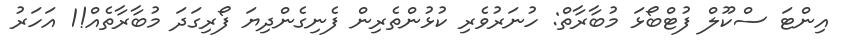
އިންޓަ ސްކޫލް ފުޓްބޯޅަ މުބާރާތް: ހުނަރުވެރި ކުޅުންތެރިން ފެނިގެންދިޔަ ފޯރިގަދަ މުބާރާތެއް!1 އަހަރު